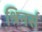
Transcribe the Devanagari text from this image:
श्रिनर्स